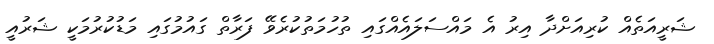
ޝަރީއަތެއް ކުރިއަށްދާ އިރު އެ މައްސަލައެއްގައި ތުހުމަތުކުރެވޭ ފަރާތް ގައުމުގައި މަޑުކުރުމަކީ ޝަރުއީ